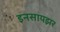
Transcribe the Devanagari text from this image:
इनसायझर